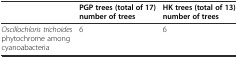
<table><thead><tr><td></td><td><b>PGP trees (total of 17) number of trees</b></td><td><b>HK trees (total of 13) number of trees</b></td></tr></thead><tbody><tr><td><i>Oscillochloris trichoides</i> phytochrome among cyanoabacteria</td><td>6</td><td>6</td></tr></tbody></table>